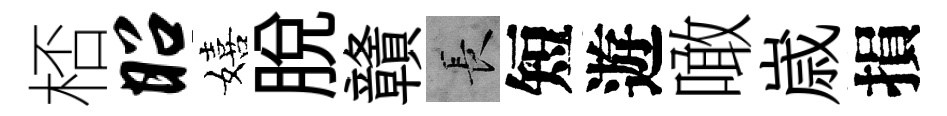
桮昭嬉脱贛长短遊噉𡻕損